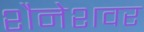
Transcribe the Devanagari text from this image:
शैनेशवर